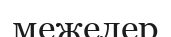
межелер